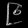
Digit: ၉